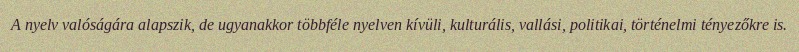
A nyelv valóságára alapszik, de ugyanakkor többféle nyelven kívüli, kulturális, vallási, politikai, történelmi tényezőkre is.